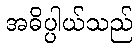
အဓိပ္ပါယ်သည်